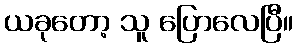
ယခုတော့ သူ ပြောလေပြီ။